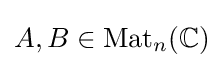
A,B\in {\text{Mat}}_{n}(\mathbb {C} )